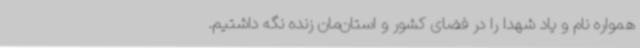
همواره نام و یاد شهدا را در فضای کشور و استان‌مان زنده نگه داشتیم.